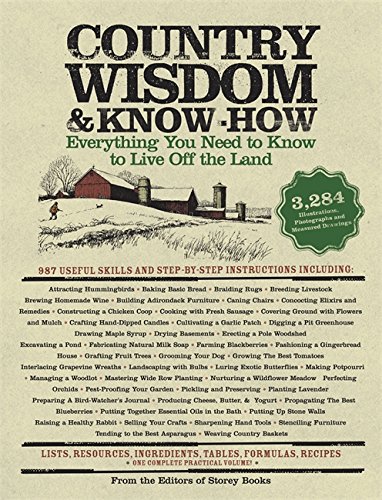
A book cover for Country Wisdom & Know-How; The Editors of Storey Publishing's Country Wisdom Bulletins; Crafts, Hobbies & Home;